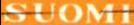
SUOMI